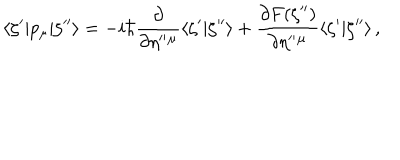
\langle \zeta ^ { \prime } | p _ { \mu } | \zeta ^ { \prime \prime } \rangle = - i \hbar \frac { \partial } { \partial \eta ^ { \prime \prime } { } ^ { \mu } } \langle \zeta ^ { \prime } | \zeta ^ { \prime \prime } \rangle + \frac { \partial F ( \zeta ^ { \prime \prime } ) } { \partial \eta ^ { \prime \prime } { } ^ { \mu } } \langle \zeta ^ { \prime } | \zeta ^ { \prime \prime } \rangle \, ,